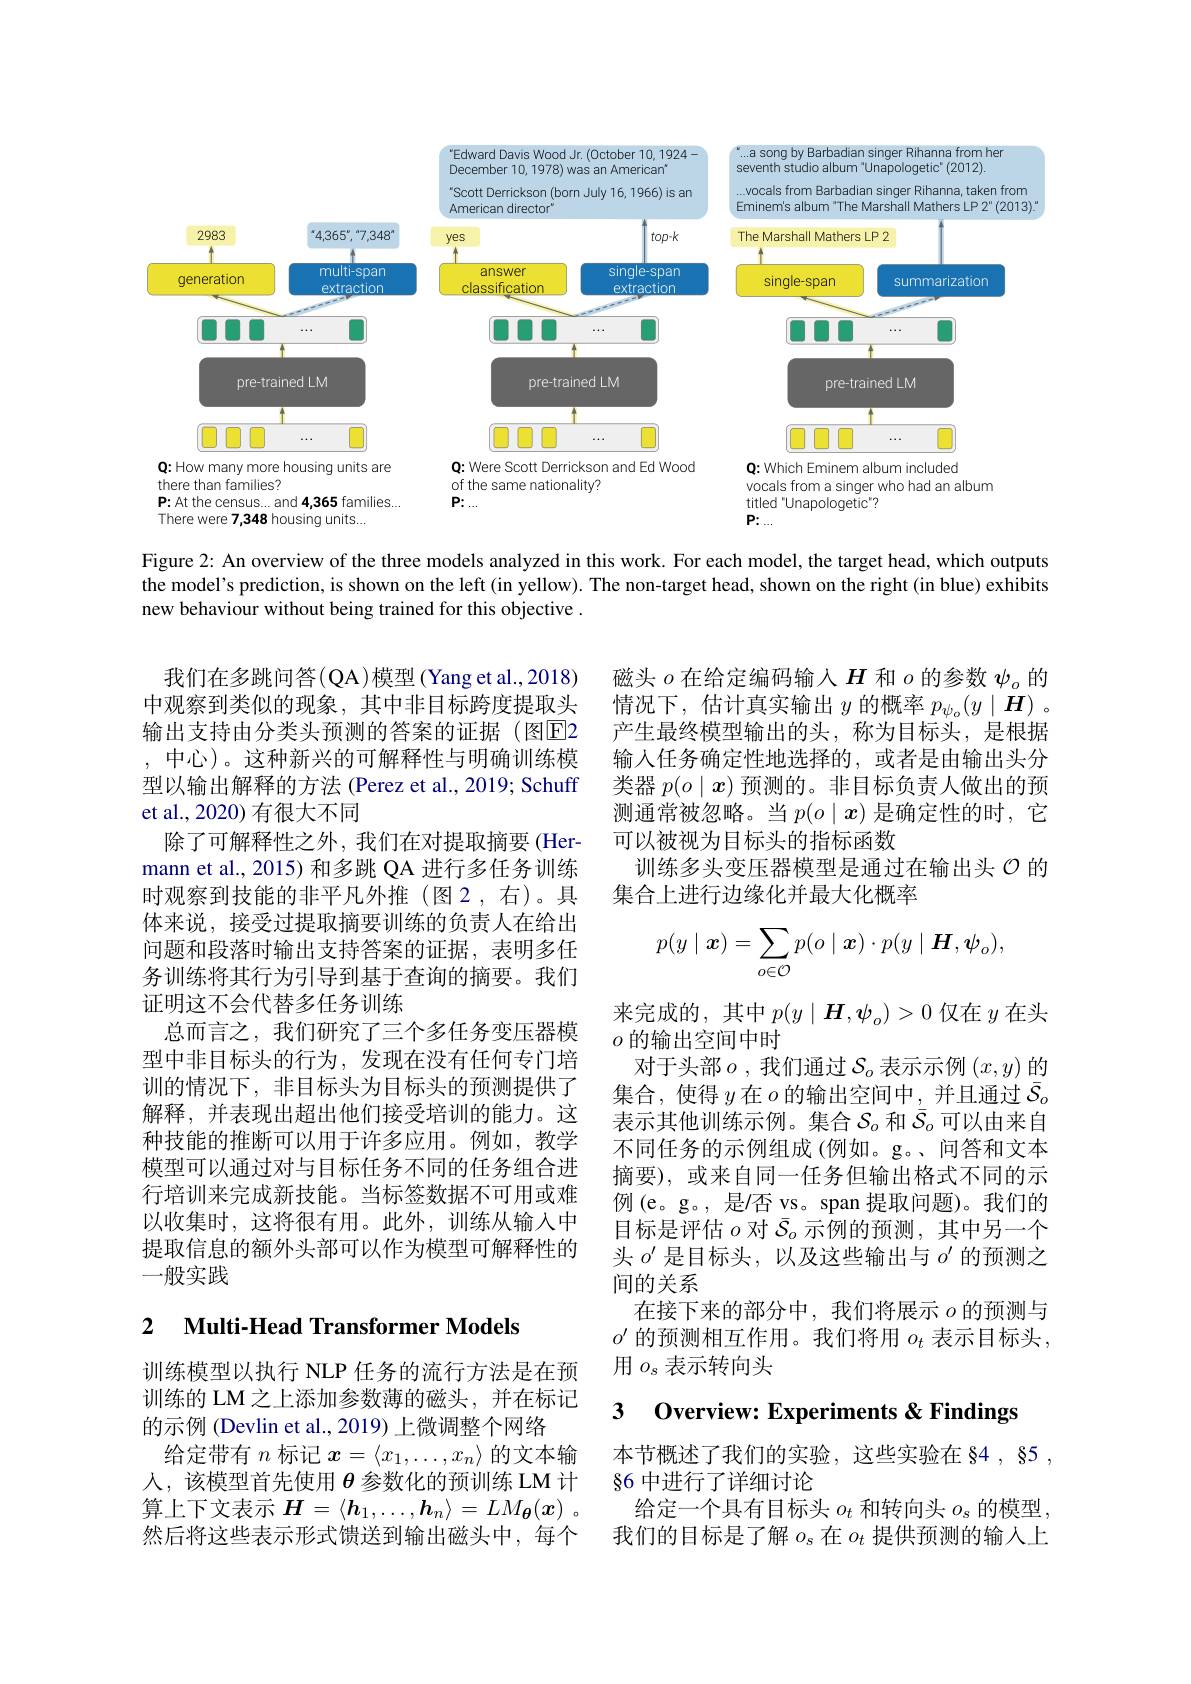
<FigureHere>
Q: Were Scott Derrickson and Ed Wood

<FigureHere>
Q: Which Eminem album included

<FigureHere>
Q: How many more housing units are

vocals from a singer who had an album
titled "Unapologetic"?
$P:.$

of the same nationality?
$P:...$

there than families?
$\mathbf{P:At~the~census...and~4,365~families...}$
There were 7,348 housing units.

Figure 2: An overview of the three models analyzed in this work. For each model, the target head, which outputs the model's prediction, is shown on the left (in yellow). The non-target head, shown on the right (in blue) exhibits new behaviour without being trained for this objective .

磁头$o$在给定编码输入$H$和$o$的参数$\psi_o$的情况下，估计真实输出$y$ 的概率 $p_\psi_o(y\mid\boldsymbol{H})$ 。产生最终模型输出的头，称为目标头，是根据输入任务确定性地选择的，或者是由输出头分类器$p(o\mid x)$预测的。非目标负责人做出的预测通常被忽略。当$p(o\mid x)$是确定性的时，它可以被视为目标头的指标函数
训练多头变压器模型是通过在输出头$\mathcal{O}$的
集合上进行边缘化并最大化概率

我们在多跳问答(QA)模型(Yang et al.,2018) 中观察到类似的现象，其中非目标跨度提取头输出支持由分类头预测的答案的证据(图E2 , 中心)。这种新兴的可解释性与明确训练模型以输出解释的方法 (Perez et al., 2019; Schuff et al., 2020) 有很大不同
除了可解释性之外，我们在对提取摘要(Her-1) mann et al., 2015) 和多跳 QA 进行多任务训练时观察到技能的非平凡外推(图2，右)。具体来说，接受过提取摘要训练的负责人在给出问题和段落时输出支持答案的证据，表明多任务训练将其行为引导到基于查询的摘要。我们证明这不会代替多任务训练
总而言之，我们研究了三个多任务变压器模型中非目标头的行为，发现在没有任何专门培训的情况下，非目标头为目标头的预测提供了解释，并表现出超出他们接受培训的能力。这种技能的推断可以用于许多应用。例如，教学模型可以通过对与目标任务不同的任务组合进行培训来完成新技能。当标签数据不可用或难以收集时，这将很有用。此外，训练从输入中提取信息的额外头部可以作为模型可解释性的一般实践
$$p(y\mid\boldsymbol{x})=\sum_{o\in\mathcal{O}}p(o\mid\boldsymbol{x})\cdot p(y\mid\boldsymbol{H},\boldsymbol{\psi}_o),$$
来完成的，其中$p(y\mid\boldsymbol{H},\boldsymbol{\psi}_o)>0$仅在$y$在头
$o$的输出空间中时
对于头部$o$ ,我们通过$\mathcal{S}_o$表示示例$(x,y)$的集合，使得$y$在$o$的输出空间中，并且通过$\bar{S}_{d}$ 表示其他训练示例。集合$\mathcal{S}_o$和$\bar{\mathcal{S}}_o$可以由来自不同任务的示例组成(例如。g。、问答和文本摘要),或来自同一任务但输出格式不同的示例(e。g。, 是/否 vs。span 提取问题)。我们的目标是评估$o$对$\bar{\mathcal{S}}_o$示例的预测，其中另一个头$o^\prime$是目标头，以及这些输出与$o^\prime$的预测之间的关系
在接下来的部分中，我们将展示$o$的预测与$o^{\prime}$的预测相互作用。我们将用$o_t$表示目标头， 用$o_s$表示转向头

## 2 $\textbf{Multi- Head Transformer Models}$

3 Overview: Experiments&Findings

训练模型以执行 NLP 任务的流行方法是在预训练的 LM之上添加参数薄的磁头，并在标记的示例 (Devlin et al., 2019) 上微调整个网络
给定带有$n$标记$x=\langle x_1,\ldots,x_n\rangle$的文本输人，该模型首先使用$\theta$参数化的预训练 LM 计算 上 下 文 表 示 $H= \langle \boldsymbol{h}_1, \ldots , \boldsymbol{h}_n\rangle = LM_{\boldsymbol{\theta }}( \boldsymbol{x})$ 。然后将这些表示形式馈送到输出磁头中，每个

本节概述了我们的实验，这些实验在 §4 , 85 ,
86 中进行了详细讨论
给定一个具有目标头$o_t$和转向头$o_s$的模型我们的目标是了解$o_\mathrm{s}$在$o_t$提供预测的输入上